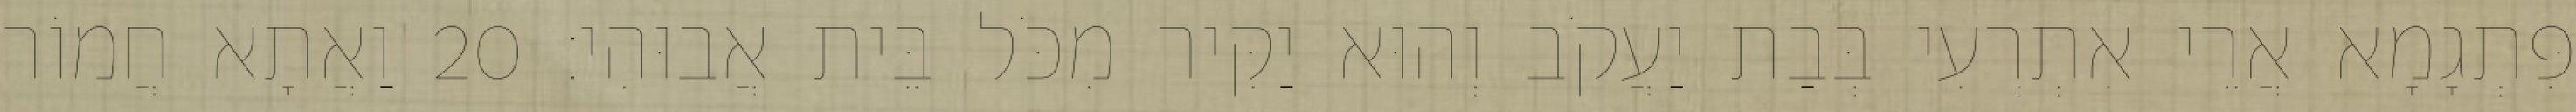
פִּתְגָמָא אֲרֵי אִתְרְעִי בְּבַת יַעֲקֹב וְהוּא יַקִּיר מִכֹּל בֵּית אֲבוּהִי׃ 20 וַאֲתָא חֲמוֹר